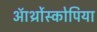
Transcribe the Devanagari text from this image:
ऑर्थ्रोस्कोपिया